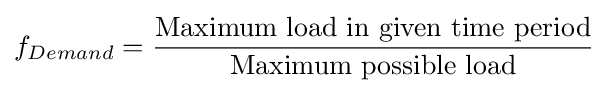
f_{Demand}={\frac {\text{Maximum load in given time period}}{\text{Maximum possible load}}}